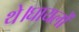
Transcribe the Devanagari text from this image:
थे।घायलों